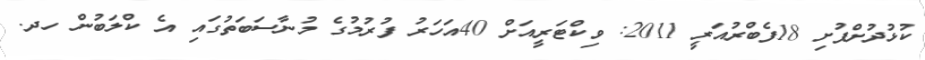
ކުޅުދުށްފުށި 18ފެބްރުއަރީ 2011: ވިކްޓަރީއަށް 40އަހަރު ފުރުމުގެ މުނާސަބަތުގައި އެ ކްލަބުން ހދ.